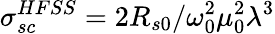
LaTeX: \sigma_{sc}^{HFSS}=2R_{s0}/\omega_{0}^{2}\mu_{0}^{2}\lambda^{3}